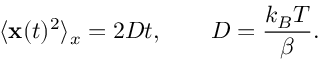
\langle { \bf x } ( t ) ^ { 2 } \rangle _ { x } = 2 D t , \qquad D = \frac { k _ { B } T } { \beta } .